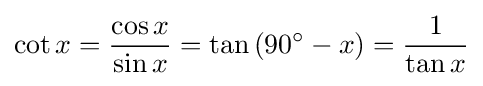
\cot x={\frac {\cos x}{\sin x}}=\tan \left(90^{\circ }-x\right)={\frac {1}{\tan x}}